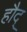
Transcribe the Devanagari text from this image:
हौद्